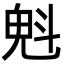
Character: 𣁽